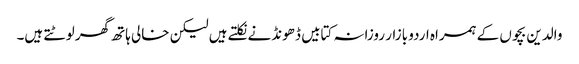
والدین بچوں کے ہمراہ اردو بازار روزانہ کتابیں ڈھونڈنے نکلتے ہیں لیکن خالی ہاتھ گھر لوٹتے ہیں۔